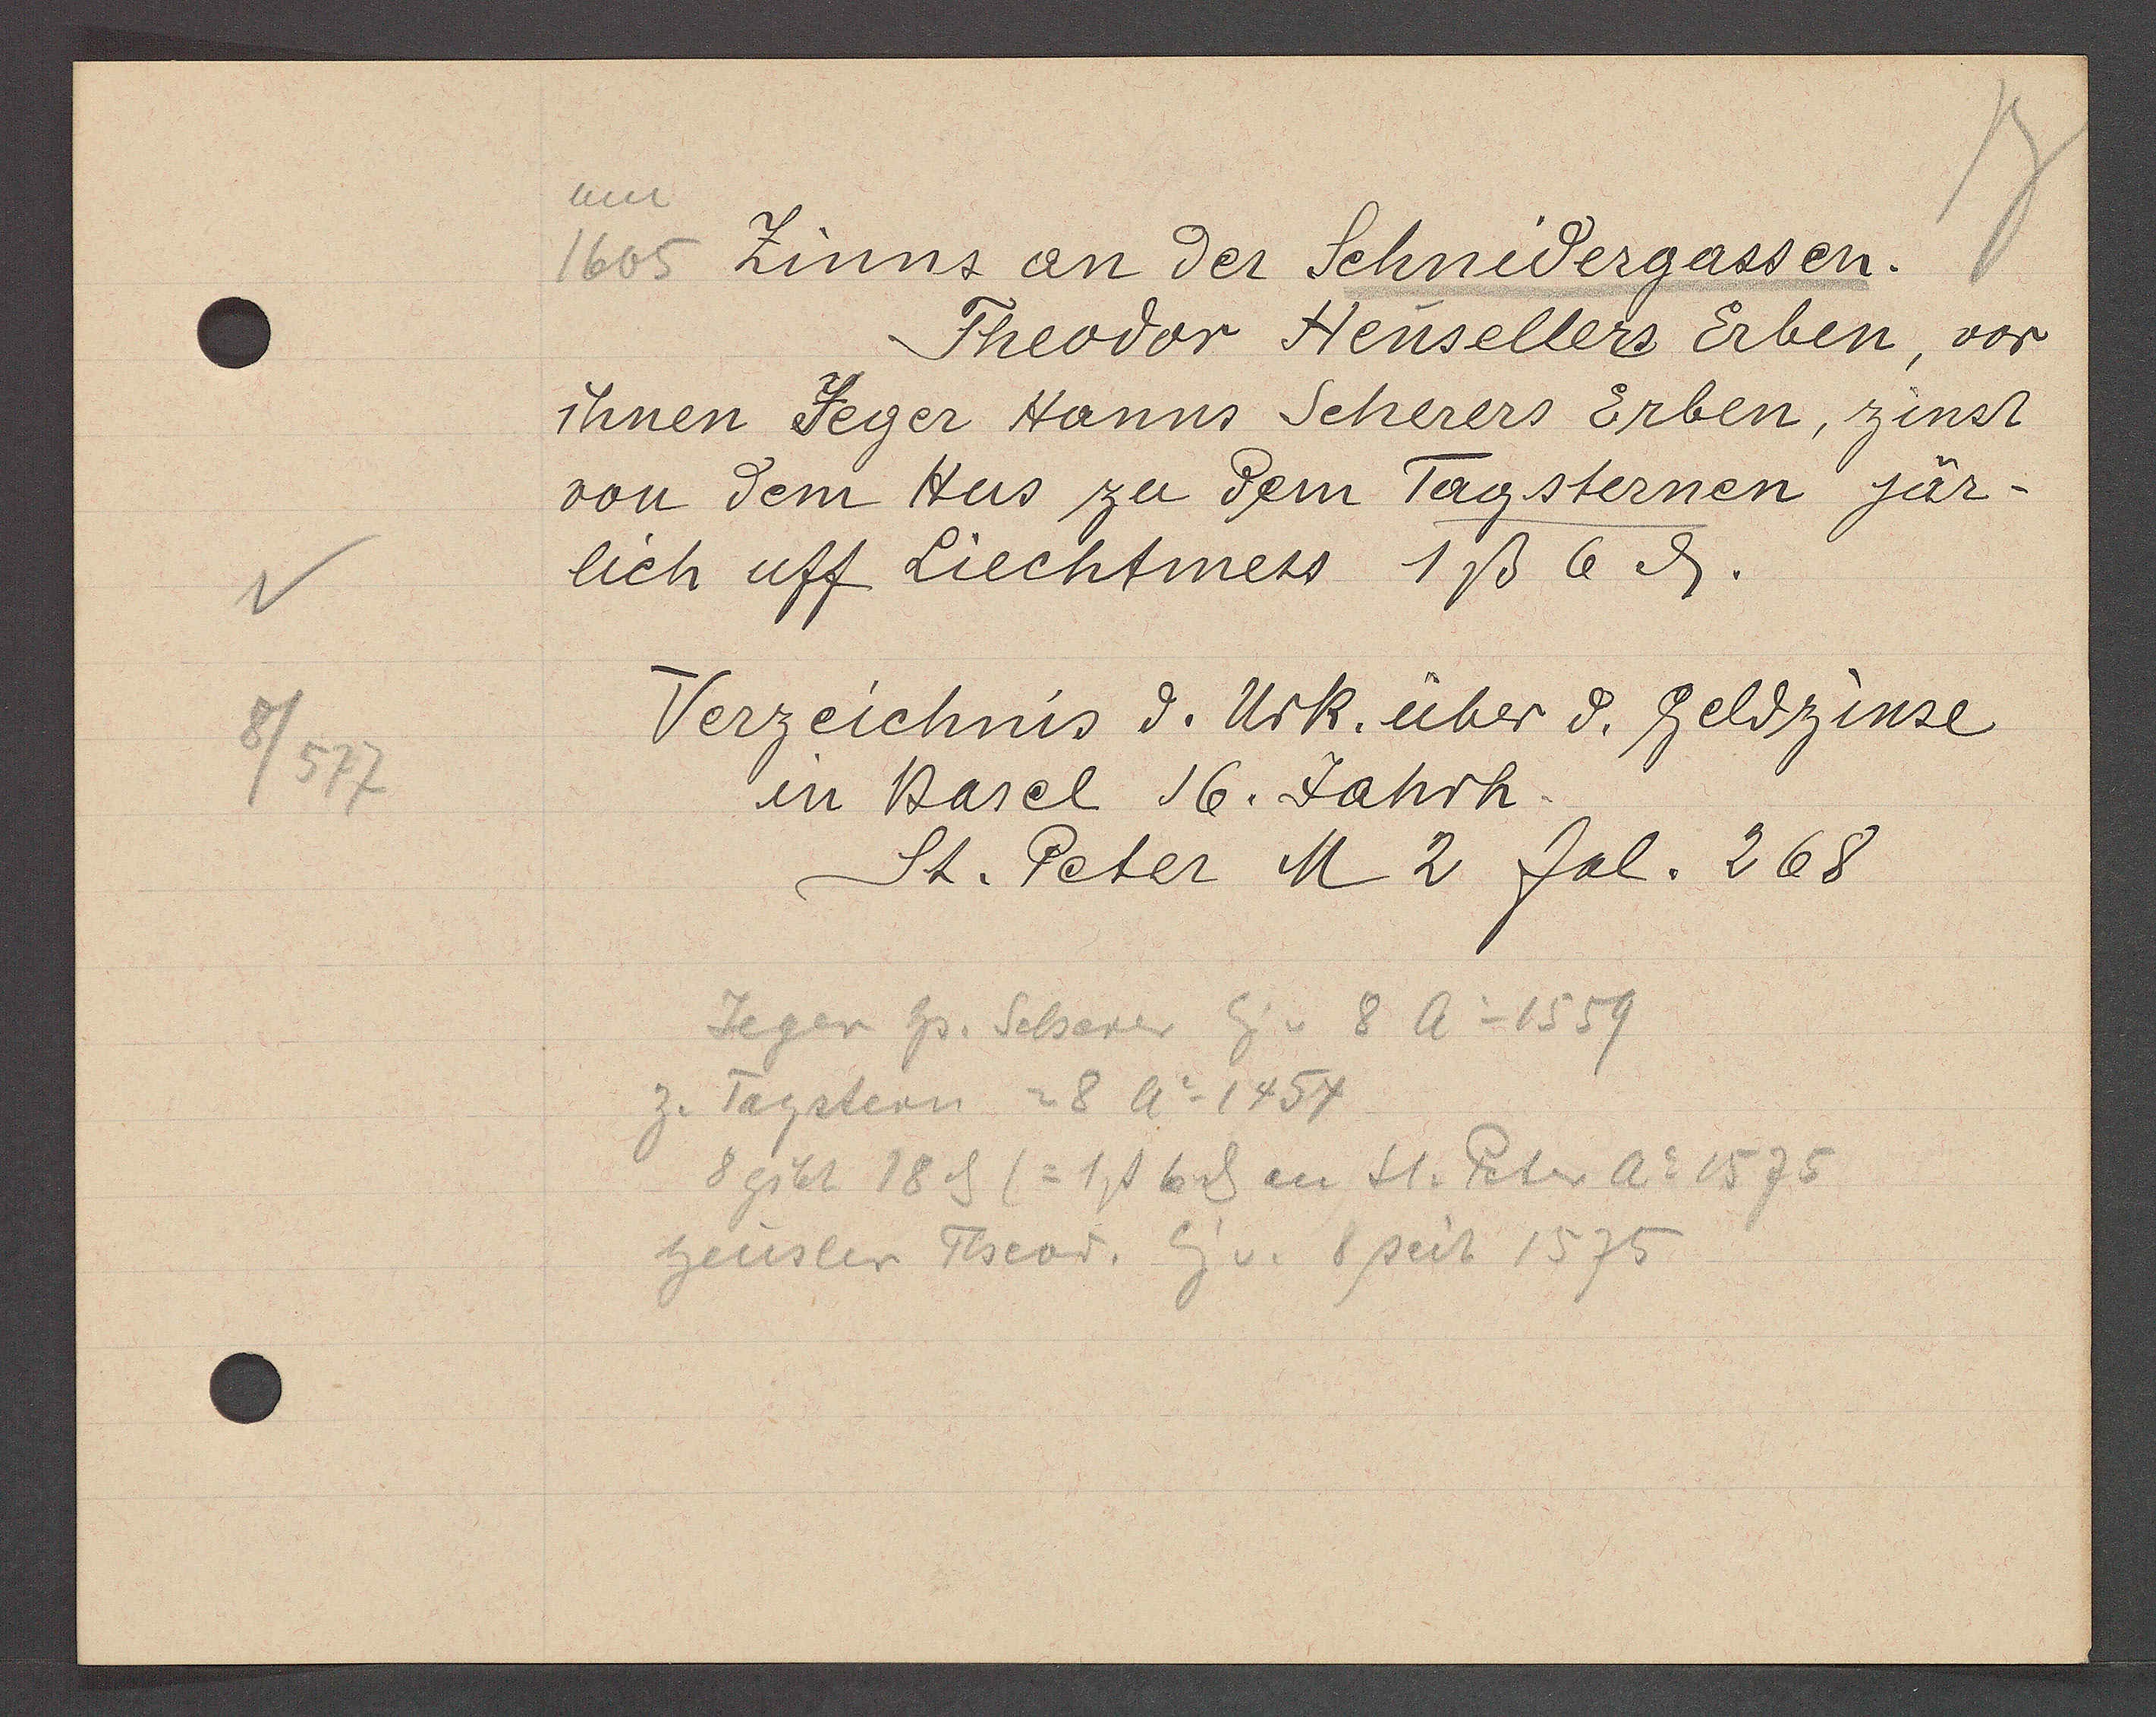
Transcript:
8/577

um
Zinns an der Schnidergassen.
1605

Theodor Hensellers Erben, vor
ihnen Jeger Hanns Scherers Erben, zinst
von dem Hus zu dem Tagsternen jär¬
lich uff Liechtmess 1ß 6ȡ.

Verzeichnis d. Urk. über d. Geldzinse
in Basel 16. Jahrh.
St. Peter M2 fol. 268.

Jeger hs. Scherer Eig v 8 Ao 1559
z. Tagstern = 8 Ao 1454
8 gibt 18 ȡ (= 1ß 6ȡ an St. Peter Ao 1575
Heusler Theod. Eig v. 8 seit 1575